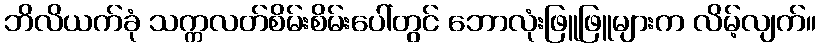
ဘိလိယက်ခုံ သက္ကလတ်စိမ်းစိမ်းပေါ်တွင် ဘောလုံးဖြူဖြူများက လိမ့်လျက်။